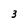
Character: 3